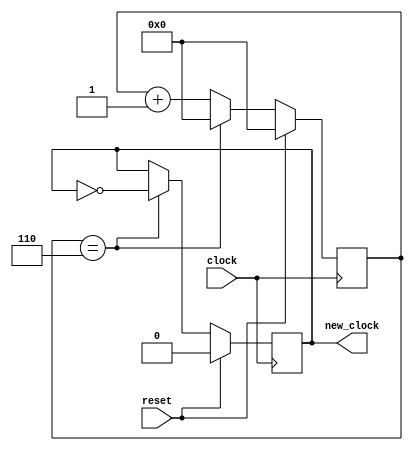
`timescale 1ns / 1ps
//////////////////////////////////////////////////////////////////////////////////
// Company: 
// Engineer: 
// 
// Design Name: 
// Module Name:    slowsampleclk 
// Project Name: 
// Target Devices: 
// Tool versions: 
// Description: 
//
// Dependencies: 
//
// Revision: 
// Revision 0.01 - File Created
// Additional Comments: 
//
//////////////////////////////////////////////////////////////////////////////////
module slowsampleclk(
   input clock,
	input reset,
   output reg new_clock
   );
	
	
	reg [21:0] clock_counter = 0;
	 
	always @(posedge clock) begin
		if (reset) begin
			clock_counter <= 0;
			new_clock <= 0;
			end
		else if (clock_counter == 6) begin // sample slow clock //675000
			new_clock <= ~new_clock;
			clock_counter <= 0;
		end
		else clock_counter <= clock_counter + 1;
	end


endmodule